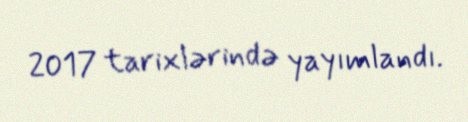
2017 tarixlərində yayımlandı.